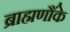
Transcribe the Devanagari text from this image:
ब्राह्मणौंके